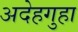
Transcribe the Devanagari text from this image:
अदेहगुहा